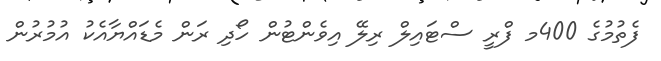
ފެތުމުގެ 400މ ފްރީ ސްޓައިލް ރިލޭ އިވެންޓުން ހޯދި ރަން މެޑައްޔާއެކު އުމުރުން